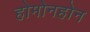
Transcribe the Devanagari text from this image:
होमोनहोन